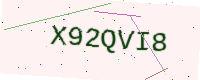
Text: X92QVI8